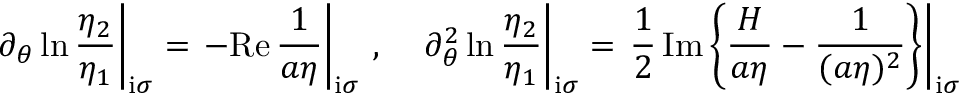
\left. \partial _ { \theta } \ln \frac { \eta _ { 2 } } { \eta _ { 1 } } \right| _ { \mathrm { i } \sigma } = \left. - \mathrm { R e } \, \frac { 1 } { a \eta } \right| _ { \mathrm { i } \sigma } \, , \quad \left. \partial _ { \theta } ^ { 2 } \ln \frac { \eta _ { 2 } } { \eta _ { 1 } } \right| _ { \mathrm { i } \sigma } = \left. \frac { 1 } { 2 } \, \mathrm { I m } \left\{ \frac { H } { a \eta } - \frac { 1 } { ( a \eta ) ^ { 2 } } \right\} \right| _ { \mathrm { i } \sigma }